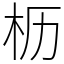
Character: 枥